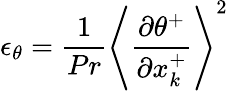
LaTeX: \epsilon_{\theta}=\frac{1}{Pr}\left<\frac{\partial\theta^{+}}{\partial x_{k}^{+}}\right>^{2}